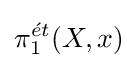
\pi _{1}^{{\acute {e}}t}(X,x)